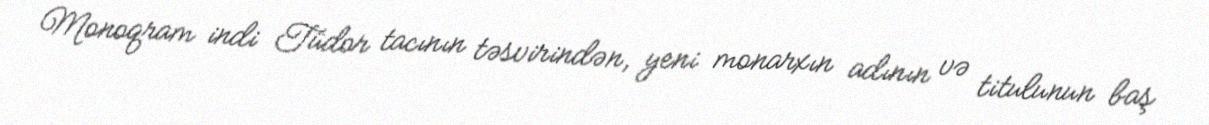
Monoqram indi Tüdor tacının təsvirindən, yeni monarxın adının və titulunun baş